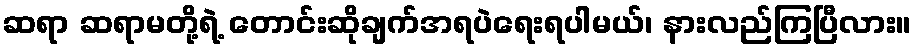
ဆရာ ဆရာမတို့ရဲ့ တောင်းဆိုချက်အရပဲရေးရပါမယ်၊ နားလည်ကြပြီလား။